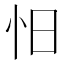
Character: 𰑃